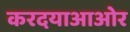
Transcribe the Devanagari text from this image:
करदयाआओर